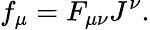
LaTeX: f_{\mu}=F_{\mu\nu}J^{\nu}.